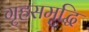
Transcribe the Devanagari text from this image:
गृहसमृद्धि